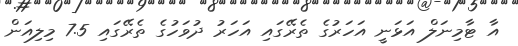
އާ ޓާމިނަލް އަޅަނީ އަހަރުގެ ތެރޭގައި އަހަރު ދުވަހުގެ ތެރޭގައި 7.5 މިލިއަން